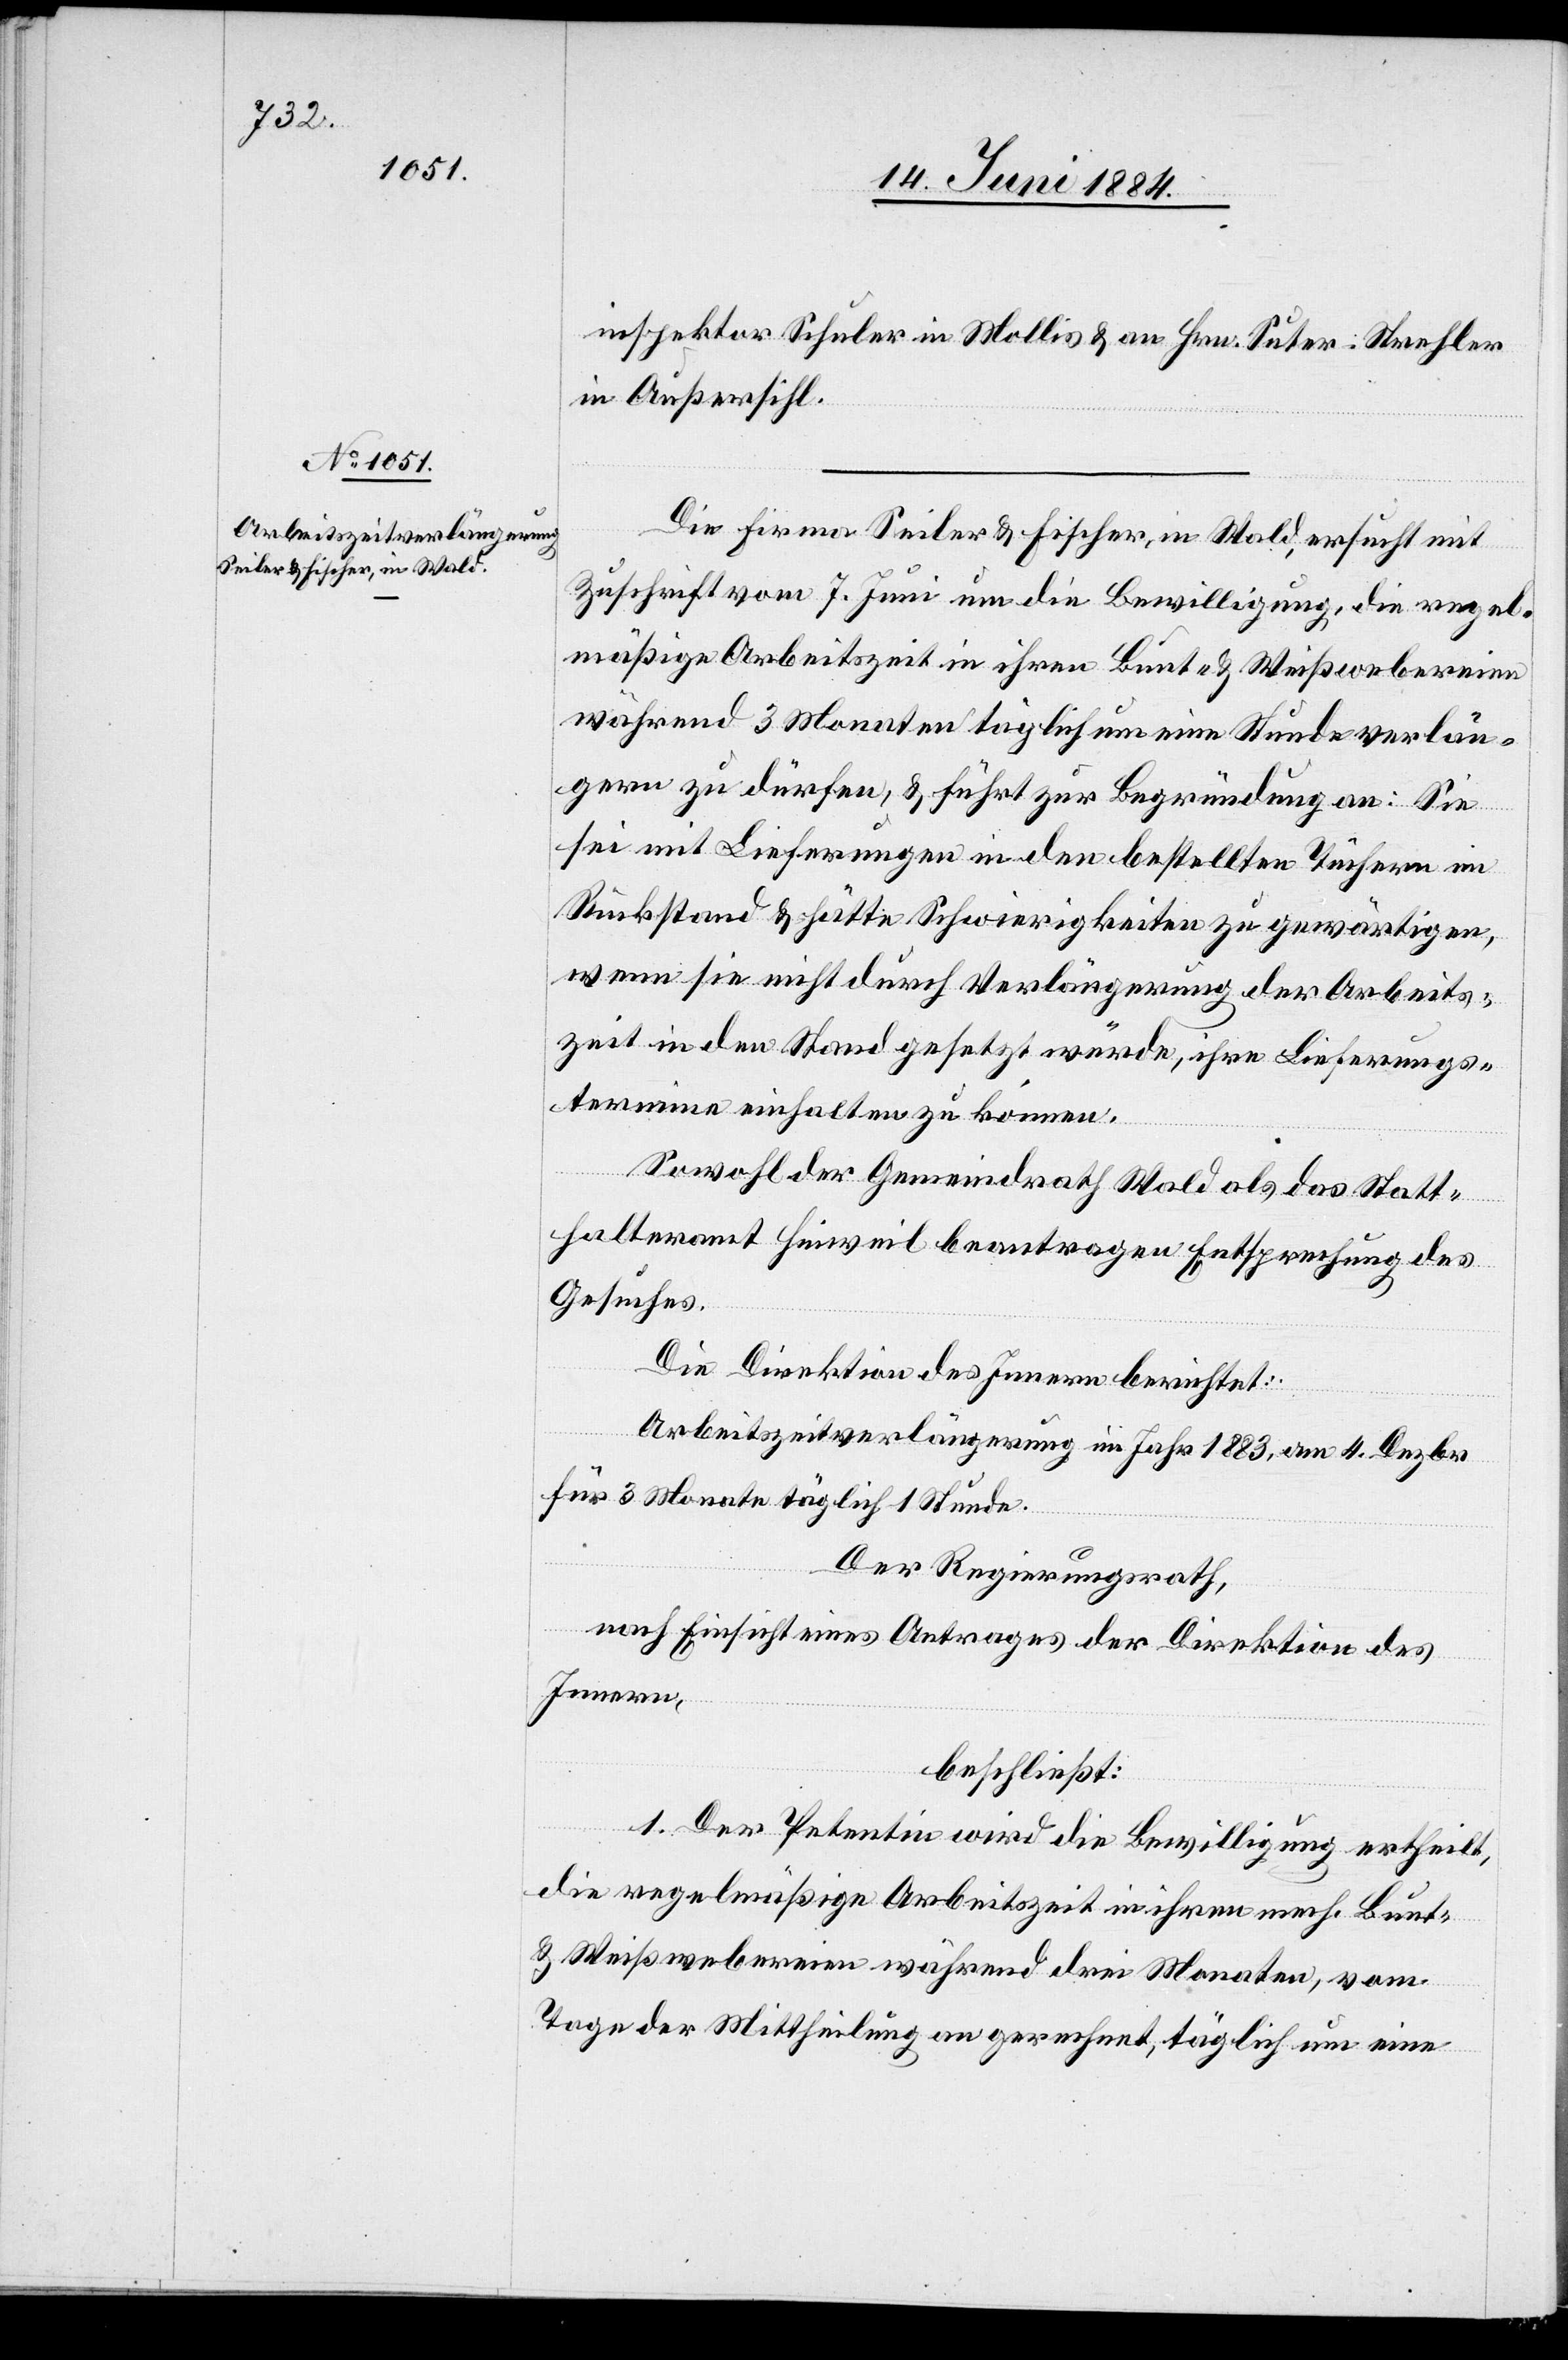
inspektor Schuler in Mollis & an Hrn. Suter-Strehler
in Außersihl.
Die Firma Seiler & Fischer, in Wald, ersucht mit
Zuschrift vom 7. Juni um die Bewilligung, die regel¬
mäßige Arbeitszeit in ihren Bunt- & Weißwebereien
während 3 Monaten täglich um eine Stunde verlän¬
gern zu dürfen, & führt zur Begründung an: Sie
sei mit Lieferungen in den bestellten Tüchern im
Rückstand & hätte Schwierigkeiten zu gewärtigen,
wenn sie nicht durch Verlängerung der Arbeits¬
zeit in den Stand gesetzt würde, ihre Lieferungs¬
termine einhalten zu können.
Sowohl der Gemeindrath Wald als das Statt¬
halteramt Hinweil beantragen Entsprechung des
Gesuches.
Die Direktion des Innern berichtet:
Arbeitszeitverlängerung im Jahr 1883, am 4. Dezbr.
für 3 Monate täglich 1 Stunde.
Der Regierungsrath,
nach Einsicht eines Antrages der Direktion des
Innern,
beschließt:
1. Der Petentin wird die Bewilligung ertheilt,
die regelmäßige Arbeitszeit in ihren mech. Bunt-
& Weißwebereien während drei Monaten, vom
Tage der Mittheilung an gerechnet, täglich um eine